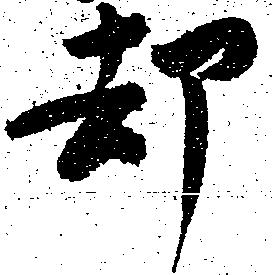
却